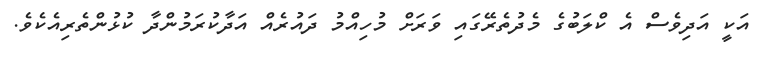
އަކީ އަދިވެސް އެ ކްލަބުގެ މެދުތެރޭގައި ވަރަށް މުހިއްމު ދައުރެއް އަދާކުރަމުންދާ ކުޅުންތެރިއެކެވެ.